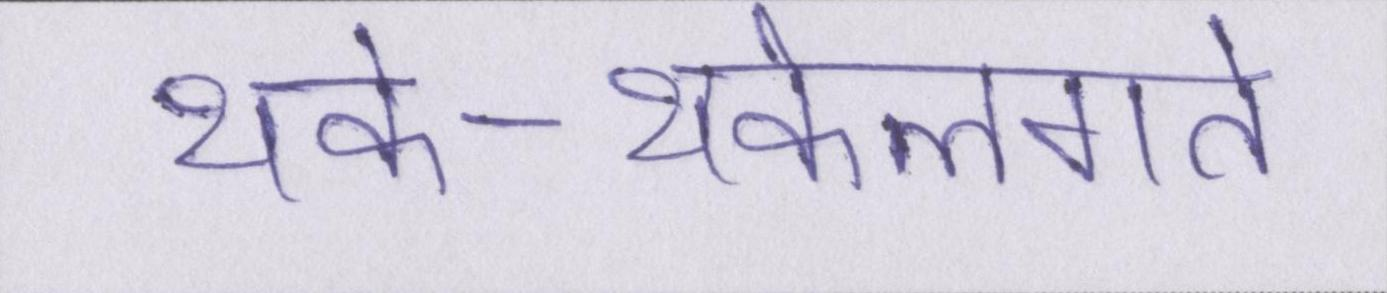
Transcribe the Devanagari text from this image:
थके-थकेलगते